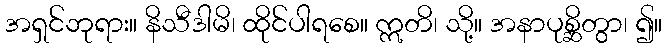
အရှင်ဘုရား။ နိသီဒါမိ၊ ထိုင်ပါရစေ။ ဣတိ၊ သို့။ အနာပုစ္ဆိတွာ၊ ၍။